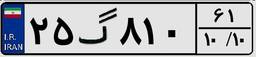
۳۸گ۷۲۶۳۸